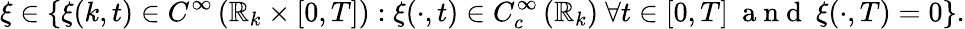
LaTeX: \xi\in\left\{ \xi(k,t)\in C^{\infty}\left(\mathbb{R}_{k}\times[0,T]\right):\xi(\cdot,t)\in C_{c}^{\infty}\left(\mathbb{R}_{k}\right)\ \forall t\in[0,T]\ \mathrm{~a~n~d~}\ \xi(\cdot,T)=0\right\} .